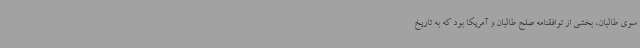
سوی طالبان، بخشی از توافقنامه صلح طالبان و آمریکا بود که به تاریخ